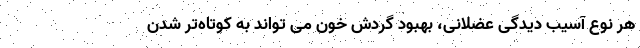
هر نوع آسیب دیدگی عضلانی، بهبود گردش خون می تواند به کوتاه‌تر شدن